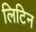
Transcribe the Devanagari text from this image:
लिटिन